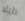
دليلا